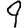
Digit: 9